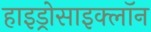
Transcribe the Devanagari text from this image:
हाइड्रोसाइक्लॉन